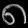
Digit: ၈